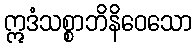
ဣဒံသစ္စာဘိနိဝေသော